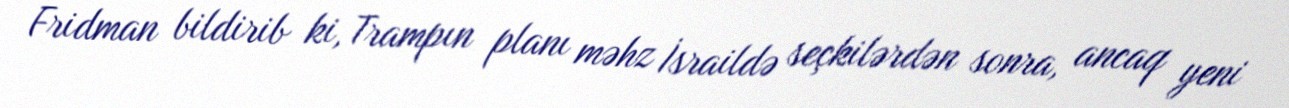
Fridman bildirib ki, Trampın planı məhz İsraildə seçkilərdən sonra, ancaq yeni